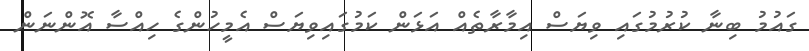
ގައުމު ބިނާ ކުރުމުގައި ވިޔަސް އިމާރާތެއް އަޅަން ކަމުގައިވިޔަސް އެމީހުންގެ ހިއްސާ އޮންނަން